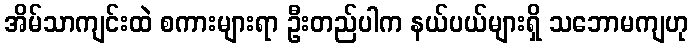
အိမ်သာကျင်းထဲ စကားများရာ ဦးတည်ပါက နယ်ပယ်များရှိ သဘောမကျဟု